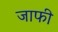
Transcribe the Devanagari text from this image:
जाफी